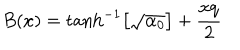
B ( x ) = \tanh ^ { - 1 } \left[ \sqrt { \alpha _ { 0 } } \right] + { \frac { x q } { 2 } }